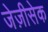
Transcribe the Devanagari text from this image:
जेज़ीसेक